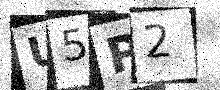
Text: U5P2